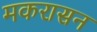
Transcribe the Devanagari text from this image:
मकरासन